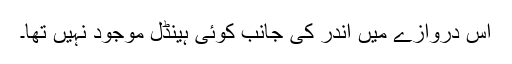
اس دروازے میں اندر کی جانب کوئی ہینڈل موجود نہیں تھا۔